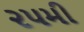
૨૫મી